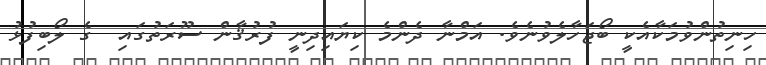
ހިނިތުންވުމަކާއެކީ ބޯޖަހާލެވުނެވެ. އަމްނާ ދެންމެ ކިޔައިދިނީ ފުރުޤާން ސޫރަތުގައި  ގެ ލޯބިފުޅު